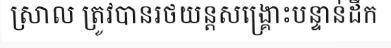
ស្រាល ត្រូវបានរថយន្តសង្គ្រោះបន្ទាន់ដឹក